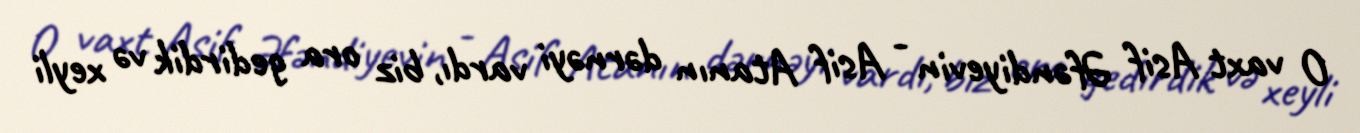
O vaxt Asif Əfəndiyevin - Asif Atanın dərnəyi vardı, biz ora gedirdik və xeyli